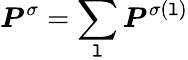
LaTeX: \boldsymbol{P}^{\sigma}=\sum_{\mathtt{l}}\boldsymbol{P}^{\sigma(\mathtt{l})}